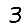
Digit: 3